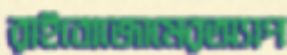
রাইবোজোমেরঅ্যাপ